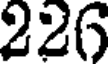
226